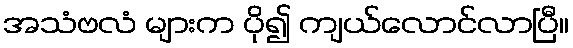
အသံဗလံ များက ပို၍ ကျယ်လောင်လာပြီ။